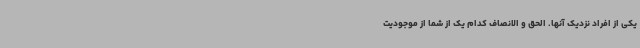
یکی از افراد نزدیک آنها. الحق و الانصاف کدام یک از شما از موجودیت